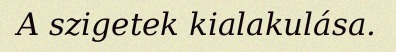
A szigetek kialakulása.